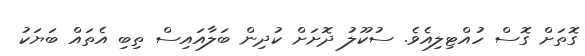
ގޮތަށް ގޮސް ހުއްޓިލިއެވެ. ސުކޫލު ދޮށަށް ކުދިން ބަލާއައިސް ތިބި އެތައް ބަޔަކު